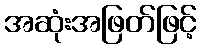
အဆုံးအဖြတ်ဖြင့်